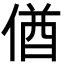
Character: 偤